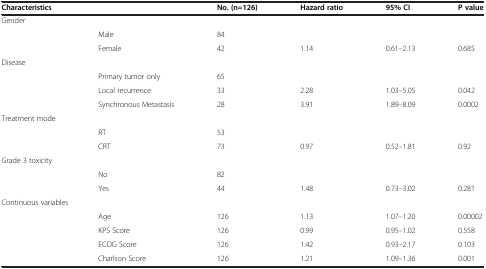
<table><thead><tr><td colspan="2"><b>Characteristics</b></td><td><b>No. (n=126)</b></td><td><b>Hazard ratio</b></td><td><b>95% CI</b></td><td><b>P value</b></td></tr></thead><tbody><tr><td>Gender</td><td> </td><td> </td><td> </td><td> </td><td> </td></tr><tr><td> </td><td>Male</td><td>84</td><td> </td><td> </td><td> </td></tr><tr><td> </td><td>Female</td><td>42</td><td>1.14</td><td>0.61–2.13</td><td>0.685</td></tr><tr><td>Disease</td><td> </td><td> </td><td> </td><td> </td><td> </td></tr><tr><td> </td><td>Primary tumor only</td><td>65</td><td> </td><td> </td><td> </td></tr><tr><td> </td><td>Local recurrence</td><td>33</td><td>2.28</td><td>1.03–5.05</td><td>0.042</td></tr><tr><td> </td><td>Synchronous Metastasis</td><td>28</td><td>3.91</td><td>1.89–8.09</td><td>0.0002</td></tr><tr><td>Treatment mode</td><td> </td><td> </td><td> </td><td> </td><td> </td></tr><tr><td> </td><td>RT</td><td>53</td><td> </td><td> </td><td> </td></tr><tr><td> </td><td>CRT</td><td>73</td><td>0.97</td><td>0.52–1.81</td><td>0.92</td></tr><tr><td>Grade 3 toxicity</td><td> </td><td> </td><td> </td><td> </td><td> </td></tr><tr><td> </td><td>No</td><td>82</td><td> </td><td> </td><td> </td></tr><tr><td> </td><td>Yes</td><td>44</td><td>1.48</td><td>0.73–3.02</td><td>0.281</td></tr><tr><td colspan="2">Continuous variables</td><td> </td><td> </td><td> </td><td> </td></tr><tr><td> </td><td>Age</td><td>126</td><td>1.13</td><td>1.07–1.20</td><td>0.00002</td></tr><tr><td> </td><td>KPS Score</td><td>126</td><td>0.99</td><td>0.95–1.02</td><td>0.558</td></tr><tr><td> </td><td>ECOG Score</td><td>126</td><td>1.42</td><td>0.93–2.17</td><td>0.103</td></tr><tr><td> </td><td>Charlson Score</td><td>126</td><td>1.21</td><td>1.09–1.36</td><td>0.001</td></tr></tbody></table>